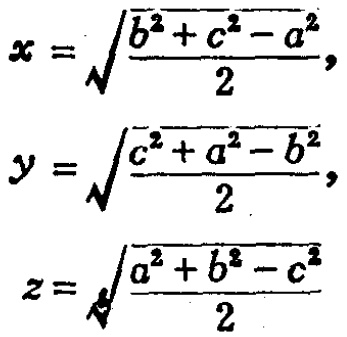
\[
x = \sqrt{\frac{b^{2}+c^{2}-a^{2}}{2}}, \\
y = \sqrt{\frac{c^{2}+a^{2}-b^{2}}{2}}, \\
z = \sqrt{\frac{a^{2}+b^{2}-c^{2}}{2}}
\]